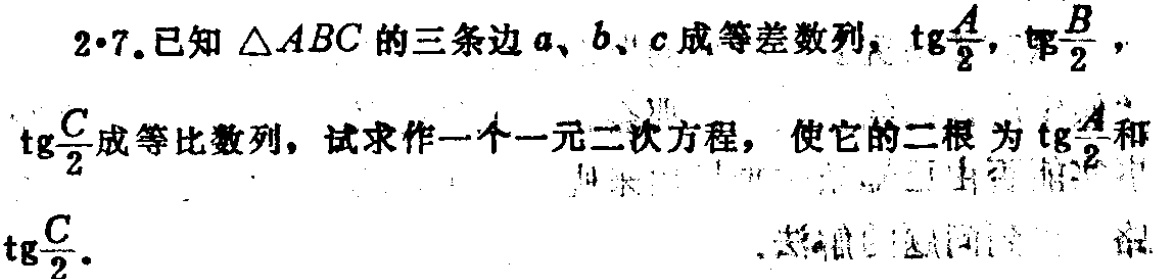
2·7.已知\(\triangle ABC\)的三条边\(a\)、\(b\)、\(c\)成等差数列，\(\text{tg}\frac{A}{2}\)，\(\text{tg}\frac{B}{2}\)，\(\text{tg}\frac{C}{2}\)成等比数列，试求作一个一元二次方程，使它的二根 为\(\text{tg}\frac{A}{2}\)和\(\text{tg}\frac{C}{2}\)。